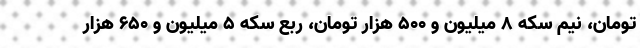
تومان، نیم سکه ۸ میلیون و ۵۰۰ هزار تومان، ربع سکه ۵ میلیون و ۶۵۰ هزار